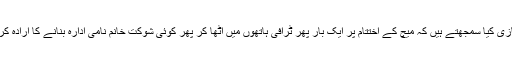
کپتان نیازی کیا سمجھتے ہیں کہ میچ کے اختتام پر ایک بار پھر ٹرافی ہاتھوں میں اٹھا کر پھر کوئی شوکت خانم نامی ادارہ بنانے کا ارادہ کریں گے۔